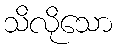
သိလိုသော